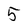
Character: 5